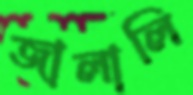
জালালি